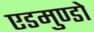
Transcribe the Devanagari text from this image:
एडमुण्डो